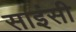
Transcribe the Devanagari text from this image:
साइंसी